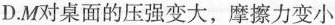
D.M对桌面的压强变大，摩擦力变小